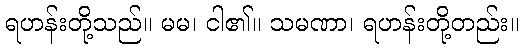
ရဟန်းတို့သည်။ မမ၊ ငါ၏။ သမဏာ၊ ရဟန်းတို့တည်း။